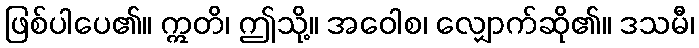
ဖြစ်ပါပေ၏။ ဣတိ၊ ဤသို့။ အဝေါစ၊ လျှောက်ဆို၏။ ဒသမီ၊